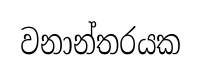
වනාන්තරයක